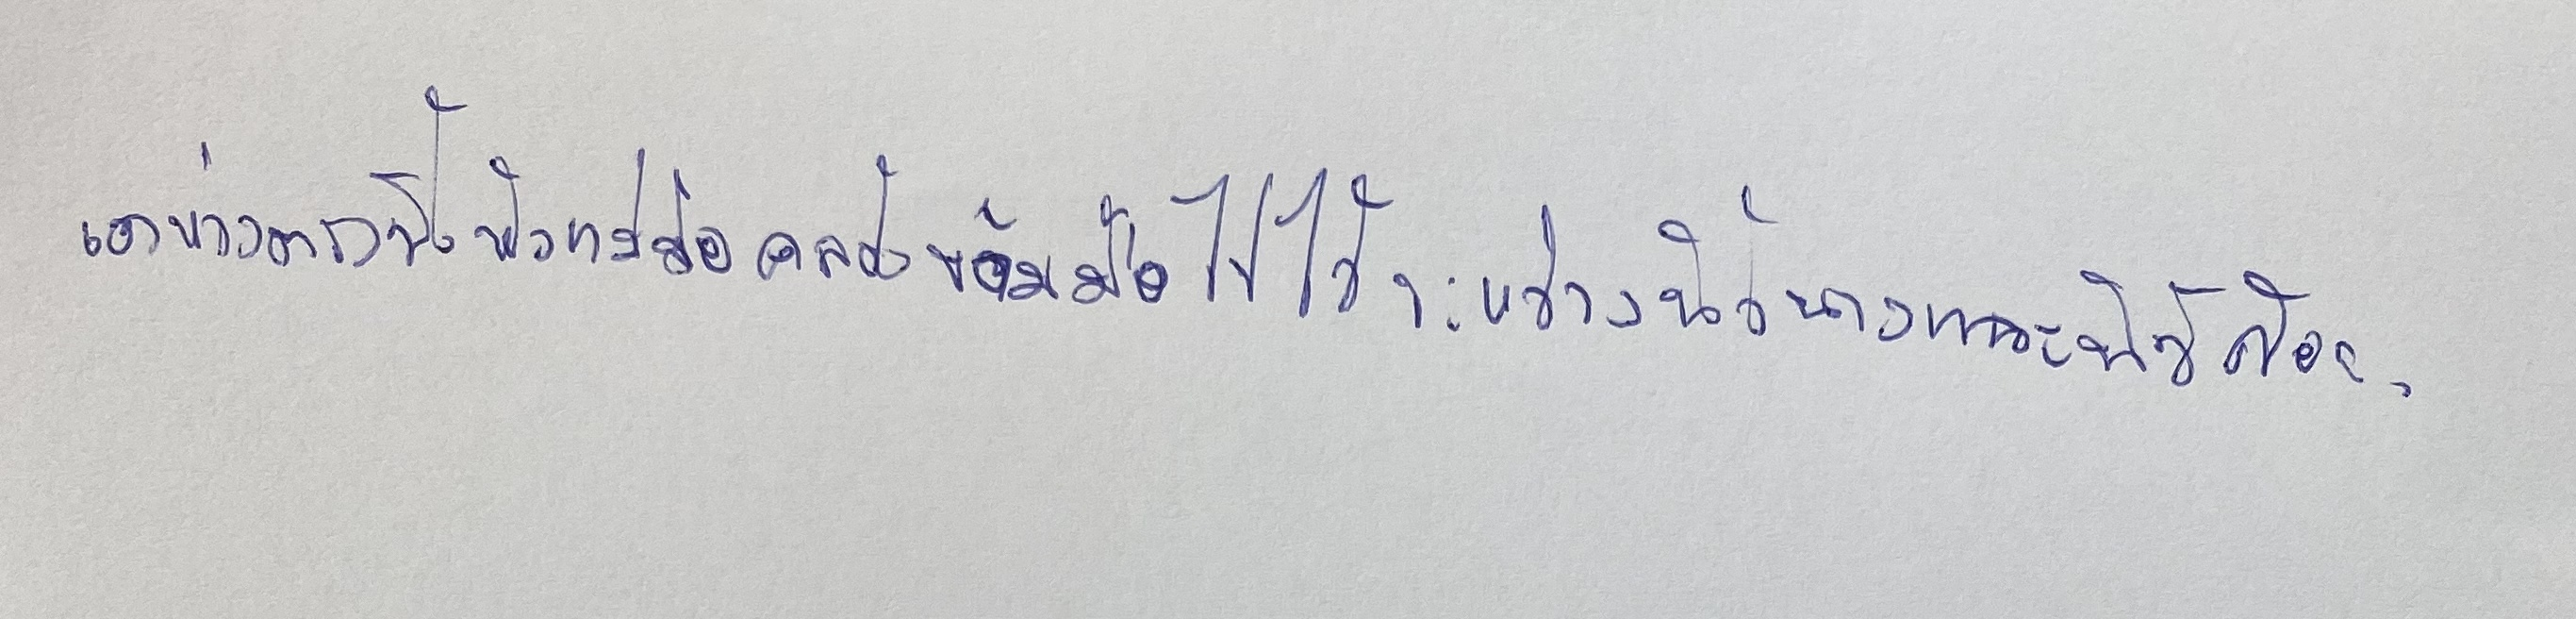
เอาห่วงตรงนิ้วหัวแม่มือคล้องข้ามมือไปไว้ระหว่างนิ้วนางและนิ้วก้อย